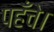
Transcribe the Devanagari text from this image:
पहँचे।